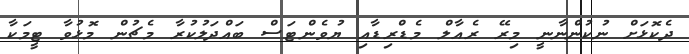
ދެކޮޅަށް ނުކުންނާނީ މިރޭ ރެއާލް މެޑްރިޑާއި ޔުވެންޓަސް ބައްދަލުކުރާ މެޗުން މޮޅުވާ ޓީމަކާ